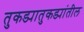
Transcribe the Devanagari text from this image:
तुकड्यातुकड्यांतील